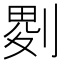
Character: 𠞅